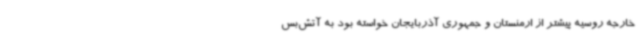
خارجه روسیه پیشتر از ارمنستان و جمهوری آذربایجان خواسته بود به آتش‌بس